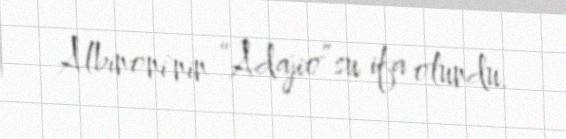
Albinoni`nin “Adajio”su ifa olundu.